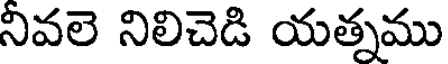
నివలె నిలిచెడి యత్నము